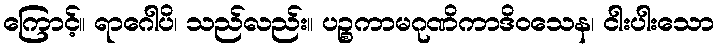
ကြောင့်။ ရာဂေါပိ၊ သည်လည်း။ ပဉ္စကာမဂုဏိကာဒိဝသေန၊ ငါးပါးသော